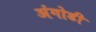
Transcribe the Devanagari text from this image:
अंगोडी